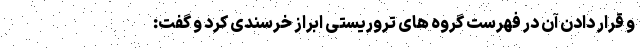
و قرار دادن آن در فهرست گروه های تروریستی ابراز خرسندی کرد و گفت: